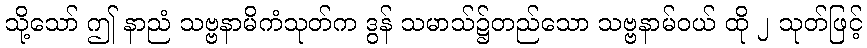
သို့သော် ဤ နာညံ သဗ္ဗနာမိကံသုတ်က ဒွန် သမာသ်၌တည်သော သဗ္ဗနာမ်ဝယ် ထို ၂ သုတ်ဖြင့်